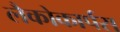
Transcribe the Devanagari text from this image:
लैकोकार्पस